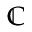
\mathbb { C }